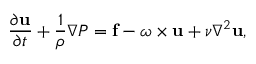
\frac { \partial \mathbf { u } } { \partial t } + \frac { 1 } { \rho } \nabla P = \mathbf { f } - \boldsymbol \omega \times \mathbf { u } + \nu \nabla ^ { 2 } \mathbf { u } ,